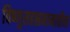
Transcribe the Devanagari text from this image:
विष्णुसहस्रनामातील